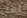
آمل